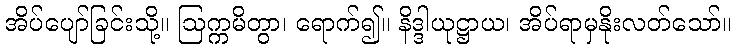
အိပ်ပျော်ခြင်းသို့။ ဩက္ကမိတွာ၊ ရောက်၍။ နိဒ္ဒါယုဋ္ဌာယ၊ အိပ်ရာမှနိုးလတ်သော်။